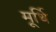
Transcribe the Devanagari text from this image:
मूर्थि